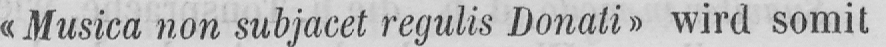
«Musica non subjacet regulis Donati» wird somit